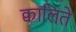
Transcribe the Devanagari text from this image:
क्वालिते